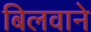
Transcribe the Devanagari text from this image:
बिलवाने